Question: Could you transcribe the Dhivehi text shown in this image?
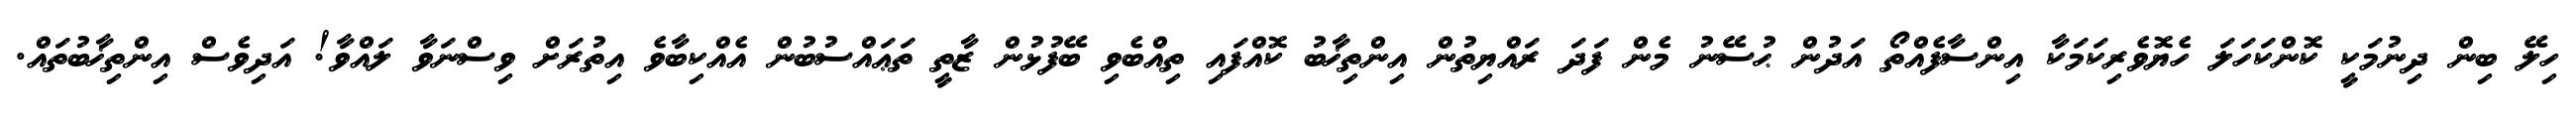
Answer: ހިލޭ ބިން ދިނުމަކީ ކޮންކަހަލަ ހެޔޮވެރިކަމަކާ އިންސާފެއްތޯ އަދުން ޙުސޭނު މެން ފަދަ ރައްޔިތުން އިންތިޚާބު ކޮއްފައި ތިއްބެވި ބޭފުޅުން ޒާތީ ތަޢައްސުބުން އެއްކިބާވެ އިތުރަށް ވިސްނަވާ ލައްވާ! އަދިވެސް އިންތިޚާބުތައް.